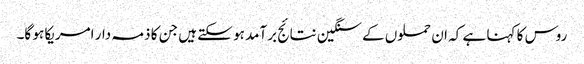
روس کا کہنا ہے کہ ان حملوں کے سنگین نتائج برآمد ہو سکتے ہیں جن کا ذمہ دار امریکا ہو گا۔